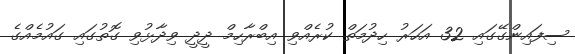
ސިފައިންގޭގައި 32 އަހަރު ހިދުމަތް ކުރެއްވި އިބްރާހިމް ދީދީ ވިދާޅުވި ގޮތުގައި ގައުމެއްގެ